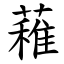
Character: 䕌